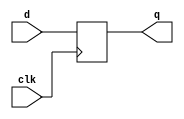
module level_sensitive_latch (
    input wire clk,
    input wire d,
    output reg q
);

always @(posedge clk) begin
    if (clk) begin
        q <= d;
    end
end

endmodule